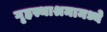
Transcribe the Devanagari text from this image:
गृहस्थाश्रमामध्ये